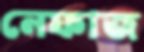
নেফাজ